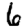
Digit: 6